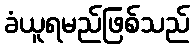
ခံယူရမည်ဖြစ်သည်